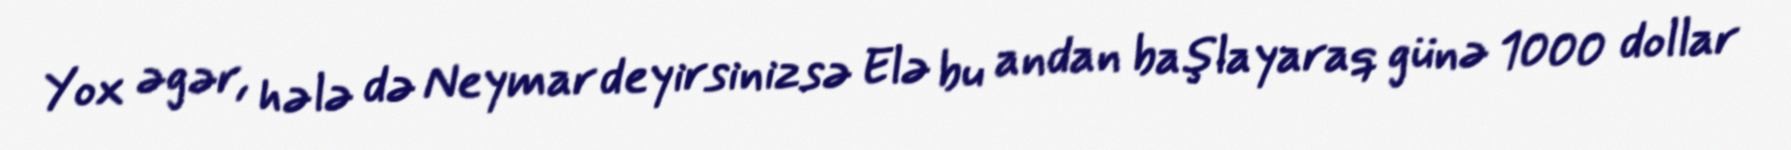
Yox əgər, hələ də Neymar deyirsinizsə Elə bu andan başlayaraq günə 1000 dollar